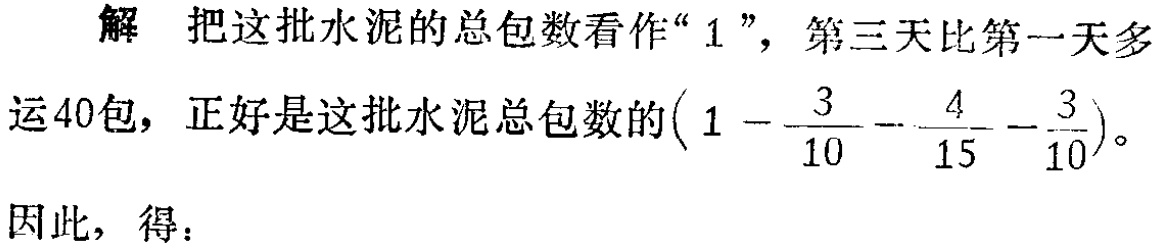
解 把这批水泥的总包数看作“$1$”，第三天比第一天多

运40包，正好是这批水泥总包数的$\left(1 - \dfrac{3}{10} - \dfrac{4}{15} - \dfrac{3}{10}\right)$。

因此，得：